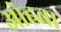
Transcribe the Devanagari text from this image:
ओहवा